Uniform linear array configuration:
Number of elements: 24
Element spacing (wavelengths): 0.5
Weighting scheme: uniform
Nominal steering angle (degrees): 30
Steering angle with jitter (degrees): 31.633
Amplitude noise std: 0.05
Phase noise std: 0.05

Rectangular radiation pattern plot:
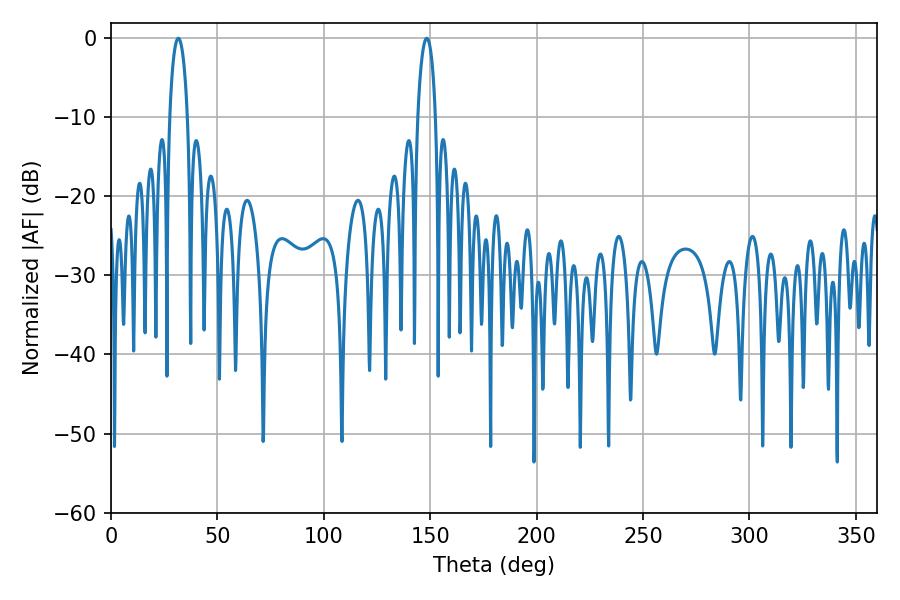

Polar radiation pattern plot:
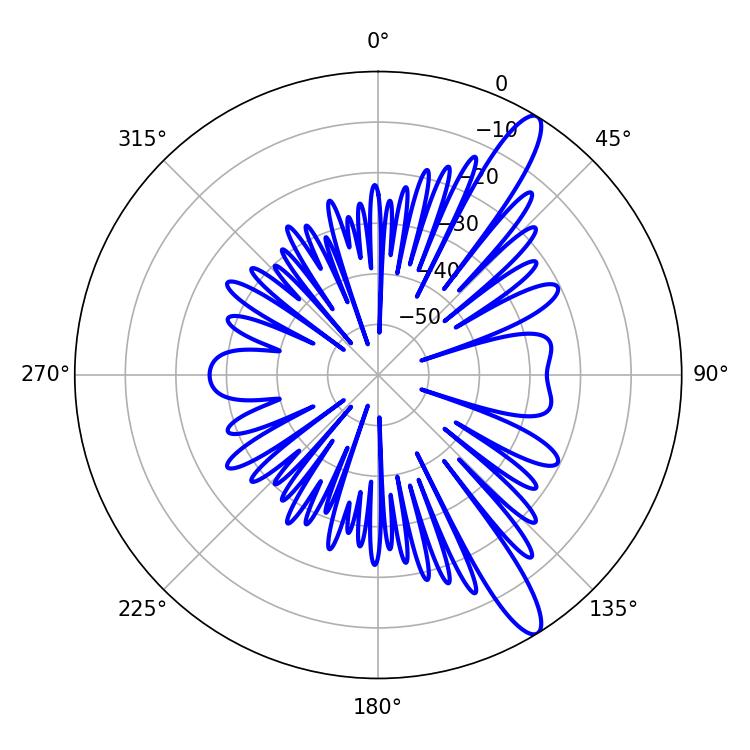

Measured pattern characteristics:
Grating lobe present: FALSE
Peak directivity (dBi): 12.917
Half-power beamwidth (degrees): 4.68
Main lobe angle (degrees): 148.32